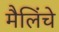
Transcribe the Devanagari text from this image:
मैलिंचे